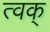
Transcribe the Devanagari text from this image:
त्वक्‌